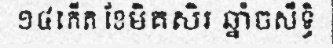
១៤កើត ខែមិគសិរ ឆ្នាំចសឹទ្ធិ